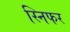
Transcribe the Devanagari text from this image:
स्निफर